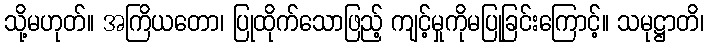
သို့မဟုတ်။ အကြိယတော၊ ပြုထိုက်သောဖြည့် ကျင့်မှုကိုမပြုခြင်းကြောင့်။ သမုဋ္ဌာတိ၊